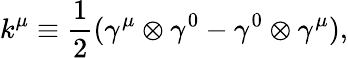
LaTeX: k^{\mu}\equiv\frac{1}{2}({\gamma}^{\mu}\otimes{\gamma}^{0}-{\gamma}^{0}\otimes{\gamma}^{\mu}),